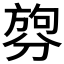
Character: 𪟑